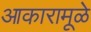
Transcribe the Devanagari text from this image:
आकारामूळे